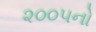
૨૦૦૫નો